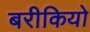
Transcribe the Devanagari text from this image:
बरीकियो